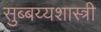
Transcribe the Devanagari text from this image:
सुब्बय्यशास्त्री